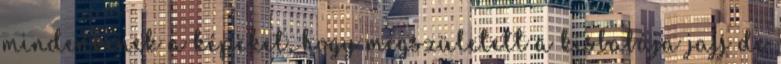
mindenkinek a képeket, hogy megszületett a kisbabája jajj de